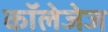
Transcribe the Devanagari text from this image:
कॉलेजेज